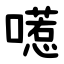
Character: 㘃